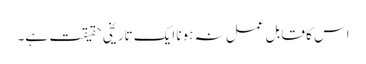
اس کا قابل عمل نہ ہونا ایک تاریخی حقیقت ہے۔